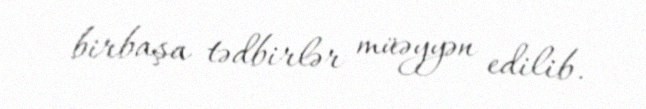
birbaşa tədbirlər müəyyən edilib.